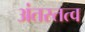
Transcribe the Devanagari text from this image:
अंतस्तत्व